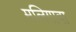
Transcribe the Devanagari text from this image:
मलिगावा